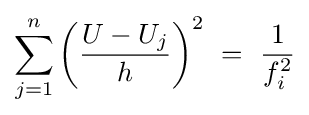
\sum _{j=1}^{n}\left({\frac {U-U_{j}}{h}}\right)^{2}\ =\ {\frac {1}{f_{i}^{2}}}